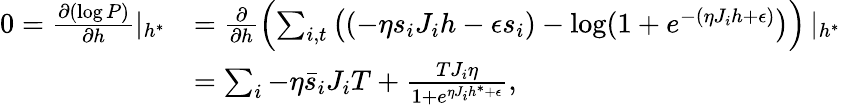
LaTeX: \begin{array}{rl}{0=\frac{\partial(\log P)}{\partial h}\left|_{h^{*}}\right.}&{=\frac{\partial}{\partial h}\left(\sum_{i,t}\left((-\eta s_{i}J_{i}h-\epsilon s_{i})-\log(1+e^{-(\eta J_{i}h+\epsilon)}\right)\right)\left|_{h^{*}}\right.}\\ &{=\sum_{i}-\eta\bar{s}_{i}J_{i}T+\frac{TJ_{i}\eta}{1+e^{\eta J_{i}h^{*}+\epsilon}},}\end{array}